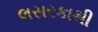
લસરકાથી